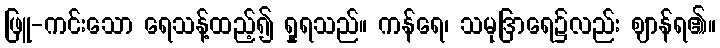
ဖြူ-ကင်းသော ရေသန့်ထည့်၍ ရှုရသည်။ ကန်ရေ၊ သမုဒြာရေ၌လည်း ဈာန်ရ၏။